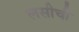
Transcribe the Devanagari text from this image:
लसीची